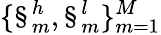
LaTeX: \{ \S_{m}^{h},\S_{m}^{l}\} _{m=1}^{M}